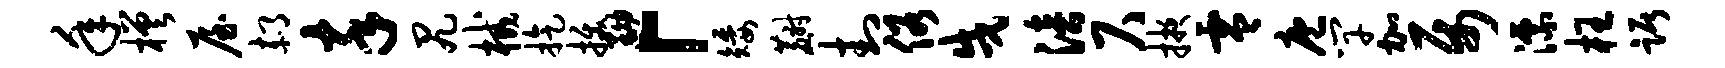
年槎屋郝卒尻械旋拔黝「矮麝封俗戌涪尺掖零庖竿加属漂枉踞